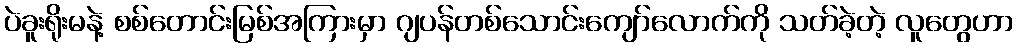
ပဲခူးရိုးမနဲ့ စစ်တောင်းမြစ်အကြားမှာ ဂျပန်တစ်သောင်းကျော်လောက်ကို သတ်ခဲ့တဲ့ လူတွေဟာ